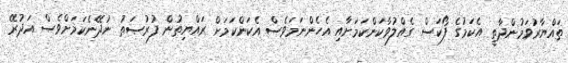
ތައްޔާރުވަމުންދާތީ އެކަމުގެ ފޯކަސް ގެއްލުވާކަންކަމަށާއި އެހެންނަމަވެސް އެކަންކަމަށް ރައްޔިތުން ފުރުޞަތު ނުދޭނެކަމަށްވެސް އަދުރޭ